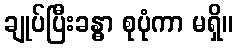
ချုပ်ပြီးခန္ဓာ စုပုံကာ မရှိ။